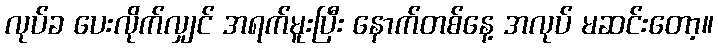
လုပ်ခ ပေးလိုက်လျှင် အရက်မူးပြီး နောက်တစ်နေ့ အလုပ် မဆင်းတော့။